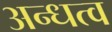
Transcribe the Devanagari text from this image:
अन्धत्व